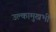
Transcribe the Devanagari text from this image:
उल्कामुखभी